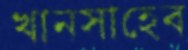
খানসাহেব